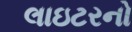
લાઇટરનો